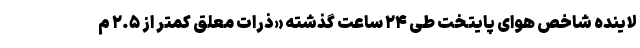
لاینده شاخص هوای پایتخت طی ۲۴ ساعت گذشته «ذرات معلق کمتر از ۲.۵ م